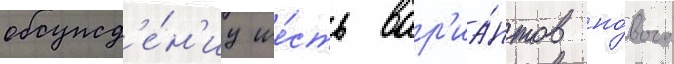
обсужд'е́н'иу ше́сть вар'иа́нтов но́вого